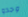
وجدو